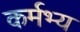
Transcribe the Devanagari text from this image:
कर्मभ्य